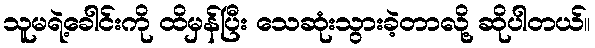
သူမရဲ့ခေါင်းကို ထိမှန်ပြီး သေဆုံးသွားခဲ့တာလို့ ဆိုပါတယ်။